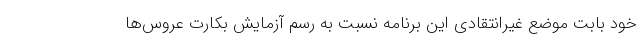
خود بابت موضع غیرانتقادی این برنامه نسبت به رسم آزمایش بکارت عروس‌ها